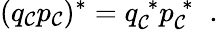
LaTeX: (q_{\cal C}p_{\cal C})^{*}=q_{\cal C}^{\; *}p_{\cal C}^{\; *}\; \; .